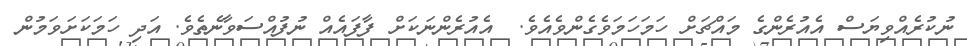
ނުކުރެއްވިޔަސް އެއުރެންގެ މައްޗަށް ހަމަހަމަވެގެންވެއެވެ.  އެއުރެންނަކަށް ފާފައެއް ނުފުއްސަވާނެތެވެ. އަދި ހަމަކަށަވަމުން